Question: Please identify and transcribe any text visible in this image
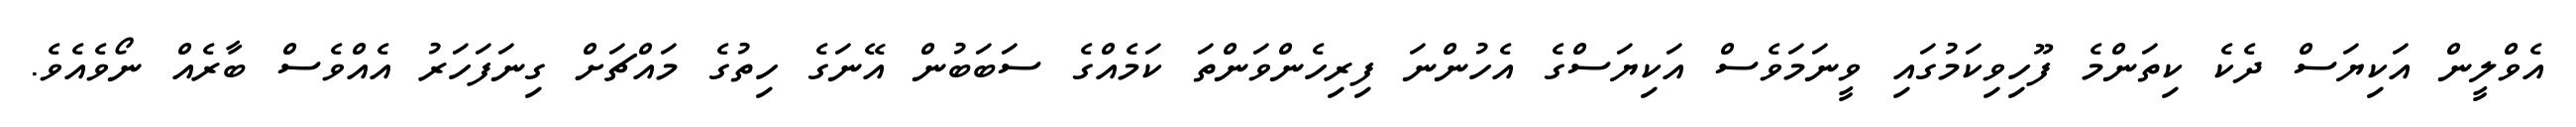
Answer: އެވްލީން އަކިޔަސް ދެކެ ކިތަންމެ ފޫހިވިކަމުގައި ވީނަމަވެސް އަކިޔަސްގެ އެހުންނަ ފިރިހެންވަންތަ ކަމެއްގެ ސަބަބުން އޭނަގެ ހިތުގެ މައްޗަށް ގިނަފަހަރު އެއްވެސް ބާރެއް ނޯވެއެވެ.